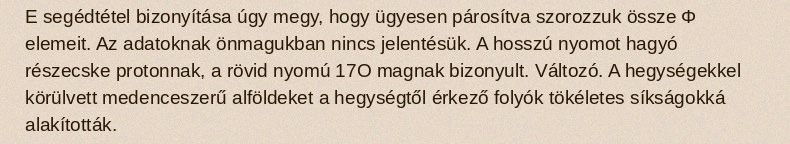
E segédtétel bizonyítása úgy megy, hogy ügyesen párosítva szorozzuk össze Φ elemeit. Az adatoknak önmagukban nincs jelentésük. A hosszú nyomot hagyó részecske protonnak, a rövid nyomú 17O magnak bizonyult. Változó. A hegységekkel körülvett medenceszerű alföldeket a hegységtől érkező folyók tökéletes síkságokká alakították.